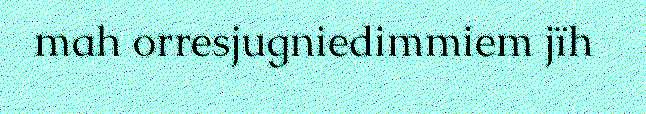
mah orresjugniedimmiem jïh